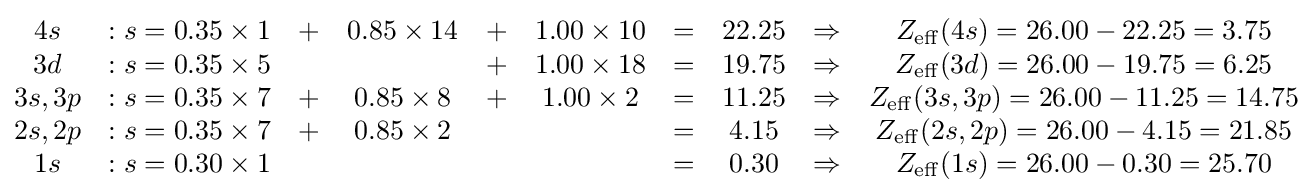
{\begin{matrix}4s&:s=0.35\times 1&+&0.85\times 14&+&1.00\times 10&=&22.25&\Rightarrow &Z_{\mathrm {eff} }(4s)=26.00-22.25=3.75\\3d&:s=0.35\times 5&&&+&1.00\times 18&=&19.75&\Rightarrow &Z_{\mathrm {eff} }(3d)=26.00-19.75=6.25\\3s,3p&:s=0.35\times 7&+&0.85\times 8&+&1.00\times 2&=&11.25&\Rightarrow &Z_{\mathrm {eff} }(3s,3p)=26.00-11.25=14.75\\2s,2p&:s=0.35\times 7&+&0.85\times 2&&&=&4.15&\Rightarrow &Z_{\mathrm {eff} }(2s,2p)=26.00-4.15=21.85\\1s&:s=0.30\times 1&&&&&=&0.30&\Rightarrow &Z_{\mathrm {eff} }(1s)=26.00-0.30=25.70\end{matrix}}